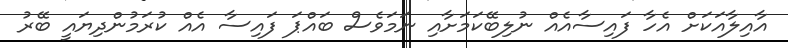
އާއިލާއަކަށް އެހާ ފައިސާއެއް ނުލިބޭކަމަށާއި ނަމަވެސް ބައްޕަ ފައިސާ އެއް ކުރަމުންދިޔައީ ބޭރު